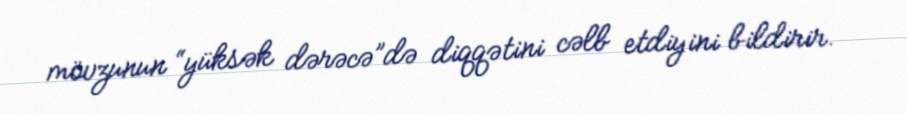
mövzunun “yüksək dərəcə”də diqqətini cəlb etdiyini bildirir.